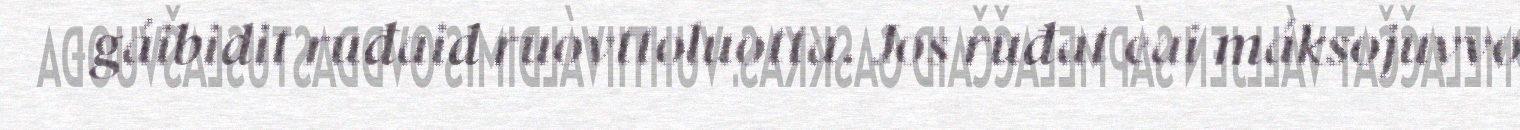
gáibidit ruđaid ruovttoluotta. Jos ruđat eai máksojuvvo